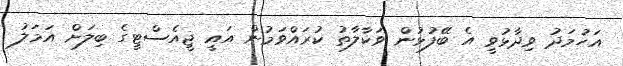
އަހުމަދު ވިދާޅުވީ އެ ބޭފުޅުން ވަކާލާތު ކުރައްވަމުން އައީ ޖީއެސްޓީގެ ބިލަށް އަމަލު